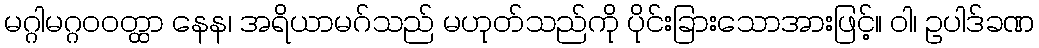
မဂ္ဂါမဂ္ဂဝဝတ္ထာ နေန၊ အရိယာမဂ်သည် မဟုတ်သည်ကို ပိုင်းခြားသောအားဖြင့်။ ဝါ၊ ဥပါဒ်ခဏ